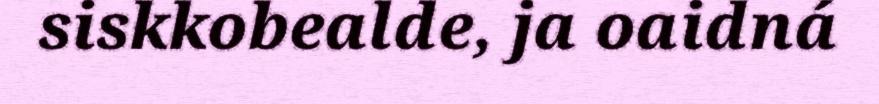
siskkobealde, ja oaidná